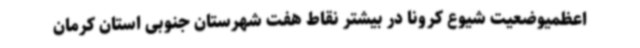
اعظمیوضعیت شیوع کرونا در بیشتر نقاط هفت شهرستان جنوبی استان کرمان